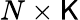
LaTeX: N\times\mathsf{K}